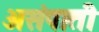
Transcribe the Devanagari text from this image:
असंपाती